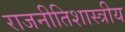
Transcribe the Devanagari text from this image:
राजनीतिशास्त्रीय